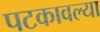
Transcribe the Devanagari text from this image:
पटकावल्या